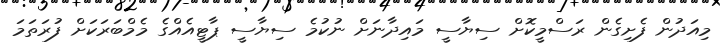
މިއަދުން ފެށިގެން ރަސްމީކޮށް ސިޔާސީ މައިދާނަށް ނުކުމެ ސިޔާސީ ޕާޓީއެއްގެ މެމްބަރަކަށް ފުރަތަމަ